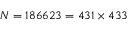
N = 1 8 6 6 2 3 = 4 3 1 \times 4 3 3